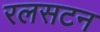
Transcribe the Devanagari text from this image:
रलसटन